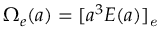
\Omega _ { e } ( a ) = [ a ^ { 3 } E ( a ) ] _ { \it e }